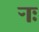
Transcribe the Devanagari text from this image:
र्‍ाः